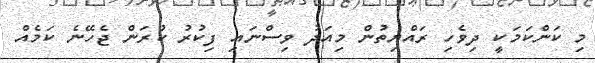
މި ކަންކަމަކީ ދިވެހި ރައްޔިތުން މިއަދު ވިސްނައި ފިކުރު ކުރަން ޖެހޭނެ ކަމެއް